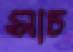
সাচ